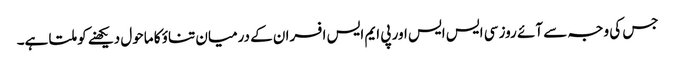
جس کی وجہ سے آئے روز سی ایس ایس اور پی ایم ایس افسران کے درمیان تناؤ کا ماحول دیکھنے کو ملتا ہے۔